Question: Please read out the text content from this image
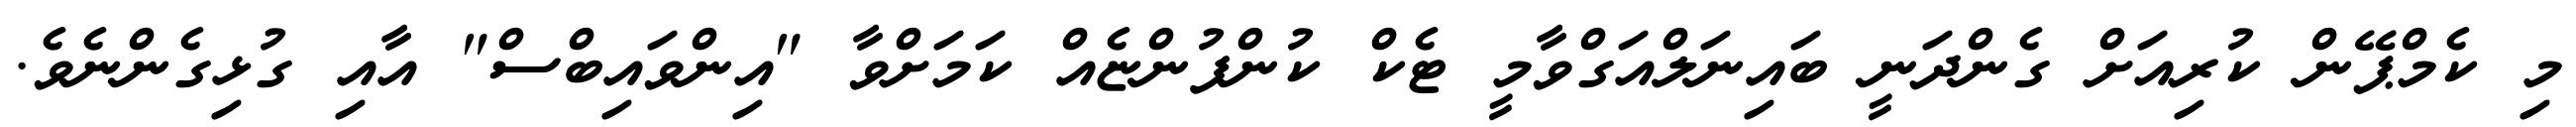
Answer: މި ކެމްޕޭން ކުރިއަށް ގެންދަނީ ބައިނަލްއަގްވާމީ ޓެކް ކުންފުންޏެއް ކަމަށްވާ "އިންވައިބްސް" އާއި ގުޅިގެންނެވެ.